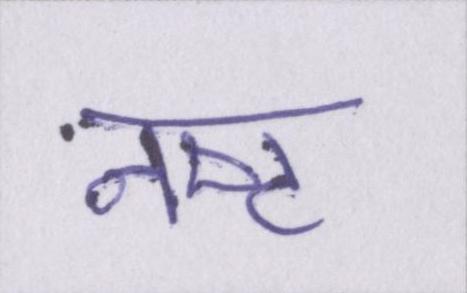
नष्ट